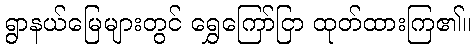
ရွာနယ်မြေများတွင် ရွှေကြော်ငြာ ထုတ်ထားကြ၏။